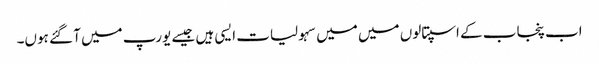
اب پنجاب کے اسپتالوں میں میں سہولیات ایسی ہیں جیسے یورپ میں آ گئے ہوں۔